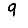
Digit: 9